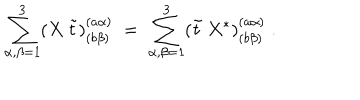
\sum _ { \alpha , \beta = 1 } ^ { 3 } ( X \: \tilde { t } ) _ { ( b \beta ) } ^ { ( a \alpha ) } \; = \; \sum _ { \alpha , \beta = 1 } ^ { 3 } ( \tilde { t } \: X ^ { * } ) _ { ( b \beta ) } ^ { ( a \alpha ) } \; .